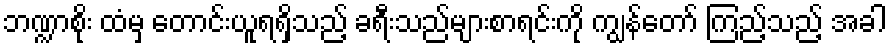
ဘဏ္ဍာစိုး ထံမှ တောင်းယူရရှိသည့် ခရီးသည်များစာရင်းကို ကျွန်တော် ကြည့်သည့် အခါ